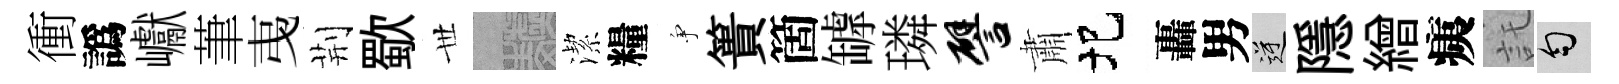
衝譌巘茟𢎯荆歜𠀍熙潔糧争簣箇罅璘譬肅圯轟男逆隱繒痍託匀